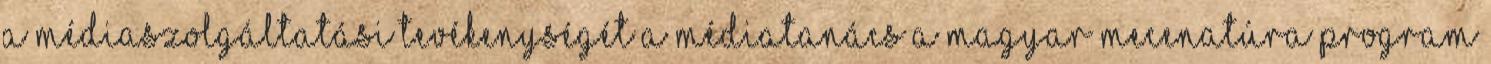
A médiaszolgáltatási tevékenységét a Médiatanács a Magyar Mecenatúra Program